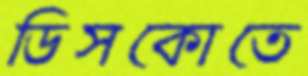
ডিসকোতে